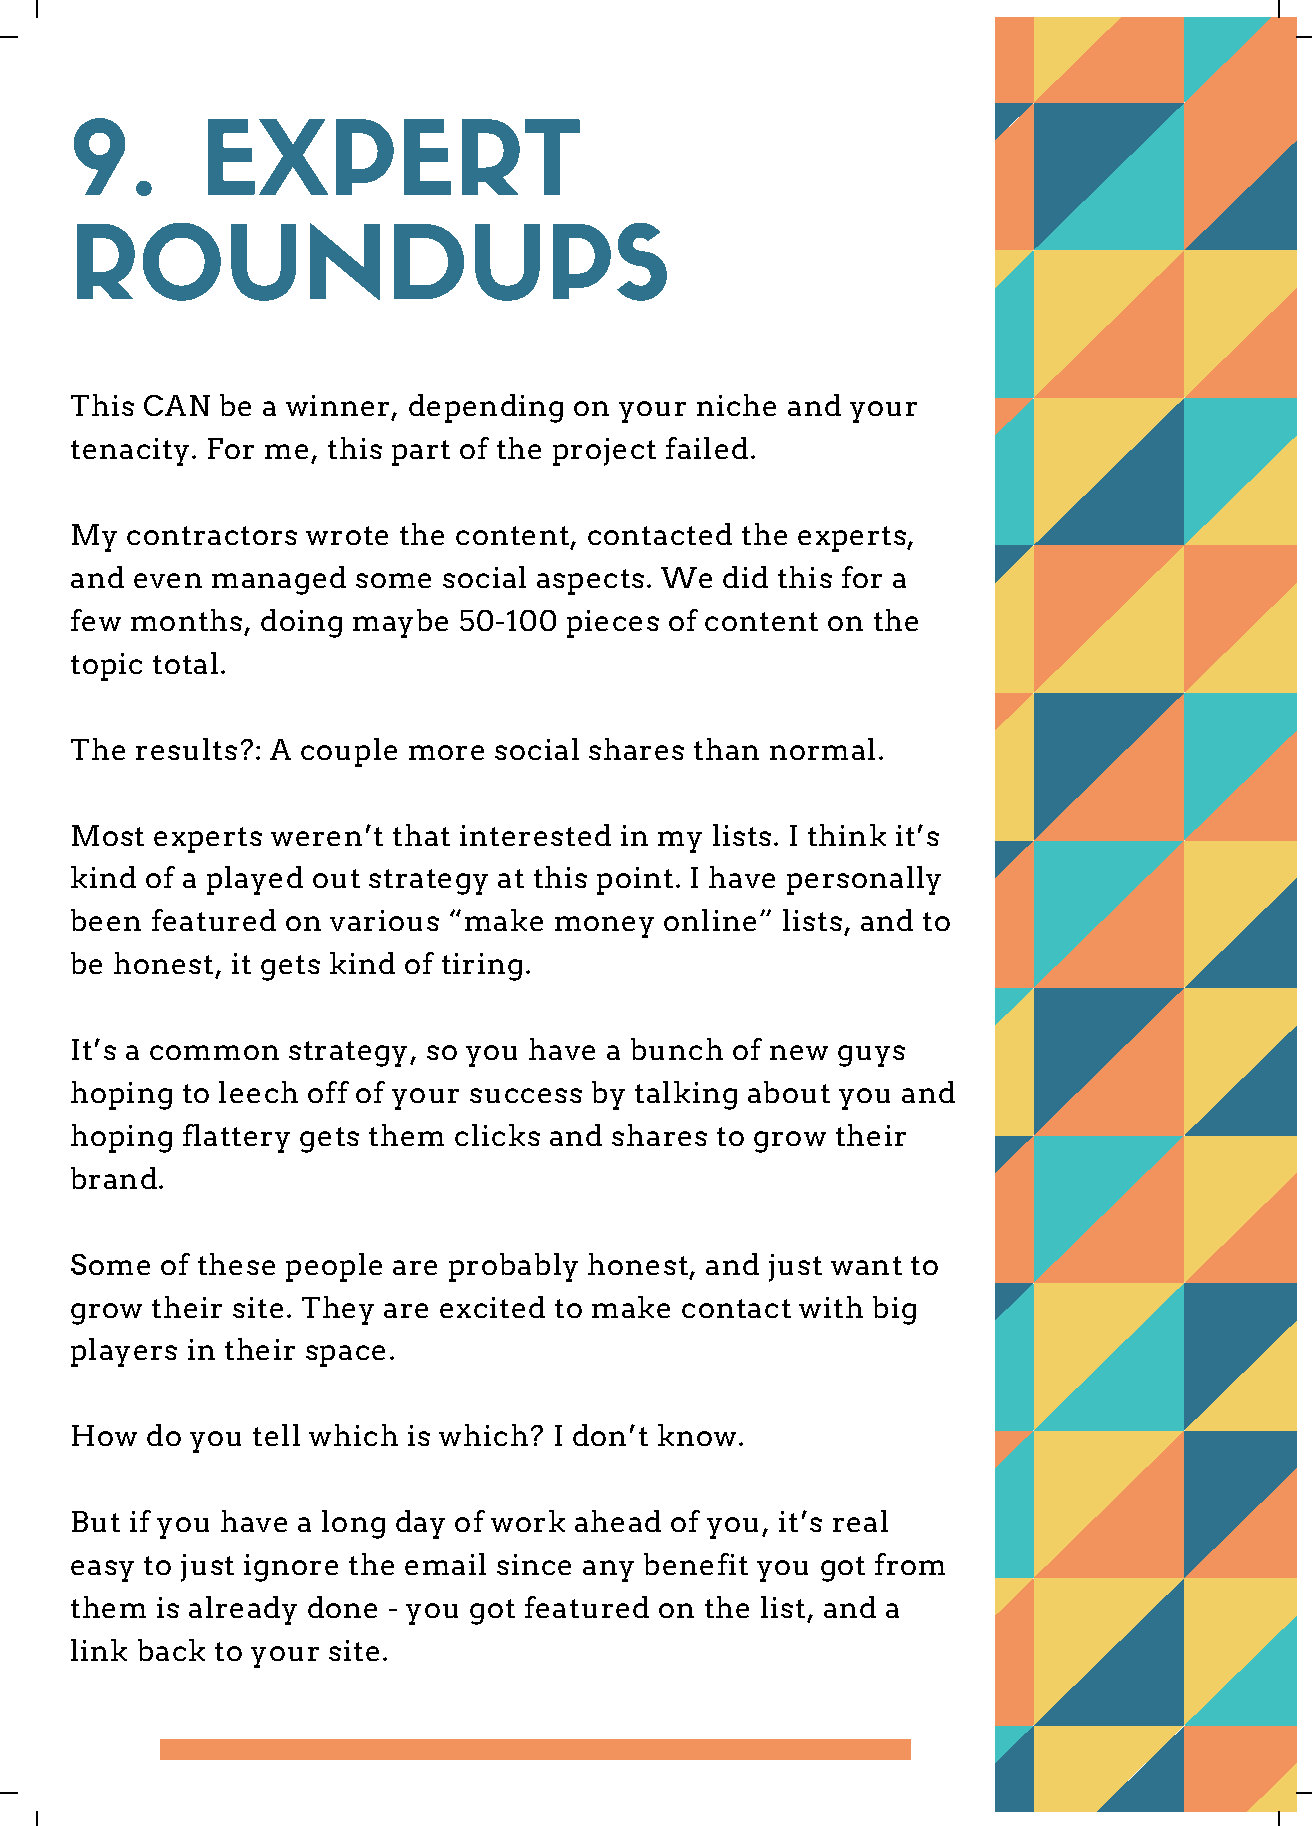
9.      EXPERT
 ROUNDUPS
 This CAN be a winner, depending  on your niche and your
 tenacity. For me, this part of the project failed.
 My contractors wrote the content, contacted the experts,
 and even managed  some  social aspects. We did this for a
 few months, doing maybe  50-100 pieces of content on the
 topic total.
 The results?: A couple more social shares than normal.
 Most experts weren’t that interested in my lists. I think it’s
 kind of a played out strategy at this point. I have personally
 been featured on various “make  money  online” lists, and to
 be honest, it gets kind of tiring.
 It’s a common strategy, so you have a bunch of new guys
 hoping to leech off of your success by talking about you and
 hoping flattery gets them clicks and shares to grow their
 brand.
 Some  of these people are probably honest, and just want to
 grow their site. They are excited to make contact with big
 players in their space.
 How  do you tell which is which? I don’t know.
 But if you have a long day of work ahead of you, it’s real
 easy to just ignore the email since any benefit you got from
 them is already done - you got featured on the list, and a
 link back to your site.